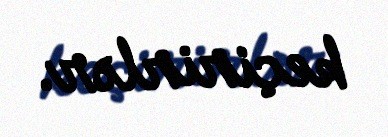
keçirirlər.